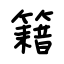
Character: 籍